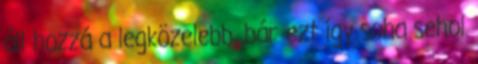
áll hozzá a legközelebb, bár ezt így soha sehol